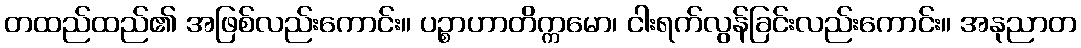
တထည်ထည်၏ အဖြစ်လည်းကောင်း။ ပဉ္စာဟာတိက္ကမော၊ ငါးရက်လွန်ခြင်းလည်းကောင်း။ အနုညာတ